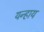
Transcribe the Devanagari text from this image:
यन्हाय